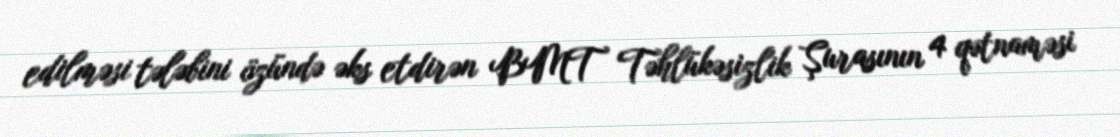
edilməsi tələbini özündə əks etdirən BMT Təhlükəsizlik Şurasının 4 qətnaməsi